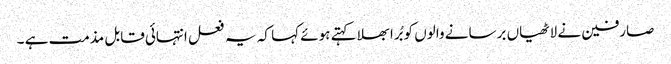
صارفین نے لاٹھیاں برسانے والوں کو بُرا بھلا کہتے ہوئے کہا کہ یہ فعل انتہائی قابل مذمت ہے ۔